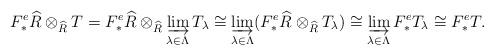
LaTeX: \begin{align*}F^e_*\widehat{R} \otimes_{\widehat{R}} T = F^e_*\widehat{R} \otimes_{\widehat{R}} \varinjlim_{\lambda \in \Lambda} T_{\lambda} \cong \varinjlim_{\lambda \in \Lambda} (F^e_*\widehat{R} \otimes_{\widehat{R}} T_{\lambda}) \cong \varinjlim_{\lambda \in \Lambda} F^e_*T_{\lambda} \cong F^e_* T.\end{align*}